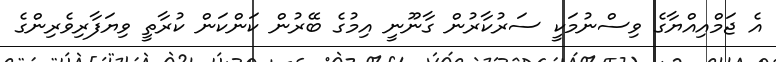
އެ ޖަމްއިއްޔާގެ ވިސްނުމަކީ ސަރުކާރުން ގާނޫނީ އިމުގެ ބޭރުން ކަންކަން ކުރާތީ ވިޔަފާރިވެރިންގެ